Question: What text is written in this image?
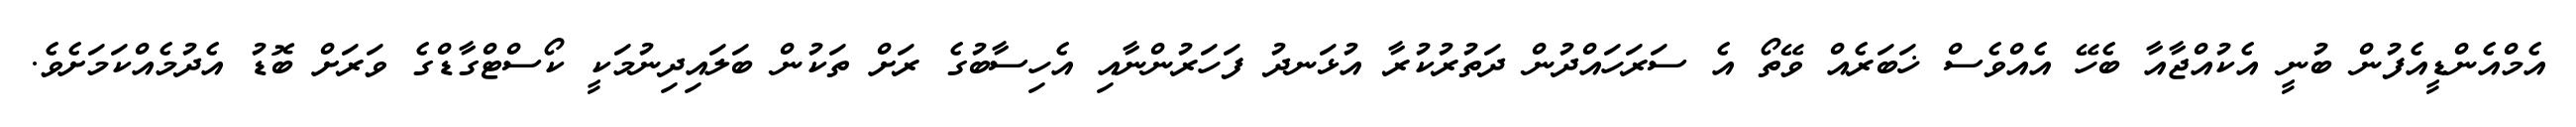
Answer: އެމްއެންޑީއެފުން ބުނީ އެކުއްޖާއާ ބެހޭ އެއްވެސް ޚަބަރެއް ވޭތޯ އެ ސަރަހައްދުން ދަތުރުކުރާ އުޅަނދު ފަހަރުންނާއި އެހިސާބުގެ ރަށް ތަކުން ބަލައިދިނުމަކީ ކޯސްޓްގާޑްގެ ވަރަށް ބޮޑު އެދުމެއްކަމަށެވެ.